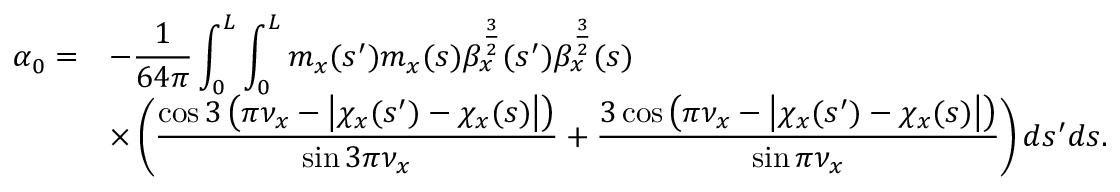
\begin{array} { c l } { \displaystyle \alpha _ { 0 } = } & { \displaystyle - \frac { 1 } { 6 4 \pi } \int _ { 0 } ^ { L } { \int _ { 0 } ^ { L } { m _ { x } ( s ^ { \prime } ) m _ { x } ( s ) \beta _ { x } ^ { \frac { 3 } { 2 } } ( s ^ { \prime } ) \beta _ { x } ^ { \frac { 3 } { 2 } } ( s ) } } } \\ & { \displaystyle \times \left( \frac { \cos { 3 \left( \pi \nu _ { x } - \left| \chi _ { x } ( s ^ { \prime } ) - \chi _ { x } ( s ) \right| \right) } } { \sin { 3 \pi \nu _ { x } } } + \frac { 3 \cos { \left( \pi \nu _ { x } - \left| \chi _ { x } ( s ^ { \prime } ) - \chi _ { x } ( s ) \right| \right) } } { \sin { \pi \nu _ { x } } } \right) d s ^ { \prime } d s . } \end{array}